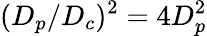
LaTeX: (D_{p}/D_{c})^{2}=4D_{p}^{2}